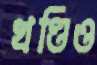
খণ্ডিও